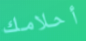
أحلامك